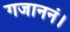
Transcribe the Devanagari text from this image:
गजाननं।